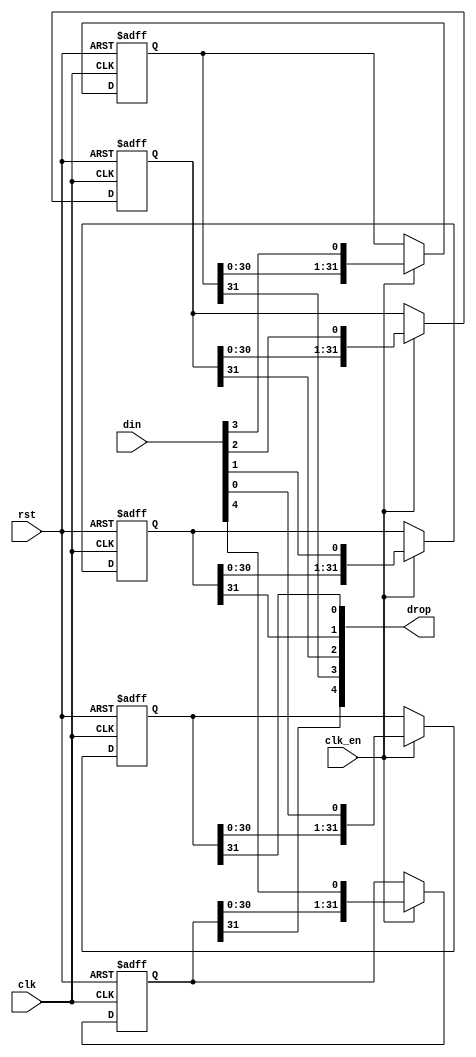
module jt6295_sh_rst #(parameter WIDTH=5, STAGES=32, RSTVAL=1'b0 )
(
	input					rst,	
	input 					clk,
	input					clk_en /* synthesis direct_enable */,
	input		[WIDTH-1:0]	din,
   	output		[WIDTH-1:0]	drop
);

reg [STAGES-1:0] bits[WIDTH-1:0];

genvar i;
integer k;
generate
initial
	for (k=0; k < WIDTH; k=k+1) begin
		bits[k] = { STAGES{RSTVAL}};
	end
endgenerate

generate
	for (i=0; i < WIDTH; i=i+1) begin: bit_shifter
		always @(posedge clk, posedge rst) 
			if( rst ) begin
				bits[i] <= {STAGES{RSTVAL}};
			end else if(clk_en) begin
				bits[i] <= {bits[i][STAGES-2:0], din[i]};
			end
		assign drop[i] = bits[i][STAGES-1];
	end
endgenerate

endmodule